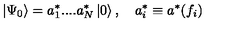
\left| \Psi _ { 0 } \right\rangle = a _ { 1 } ^ { * } . . . . a _ { N } ^ { * } \left| 0 \right\rangle , \quad a _ { i } ^ { * } \equiv a ^ { * } ( f _ { i } )